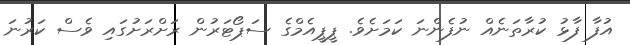
އުފާ ފާޅު ކުރާތަނެއް ނުފެންނަ ކަމަށެވެ. ޕީޕީއެމްގެ ސަޕޯޓަރުން ރަށްރަށުގައި ވެސް ކަރުނަ